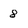
Character: 8